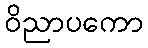
ဝိညာပကော